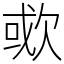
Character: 㰲